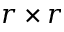
r \times r